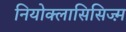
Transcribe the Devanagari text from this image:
नियोक्लासिसिज्म़